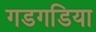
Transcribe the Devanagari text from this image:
गडगडिया